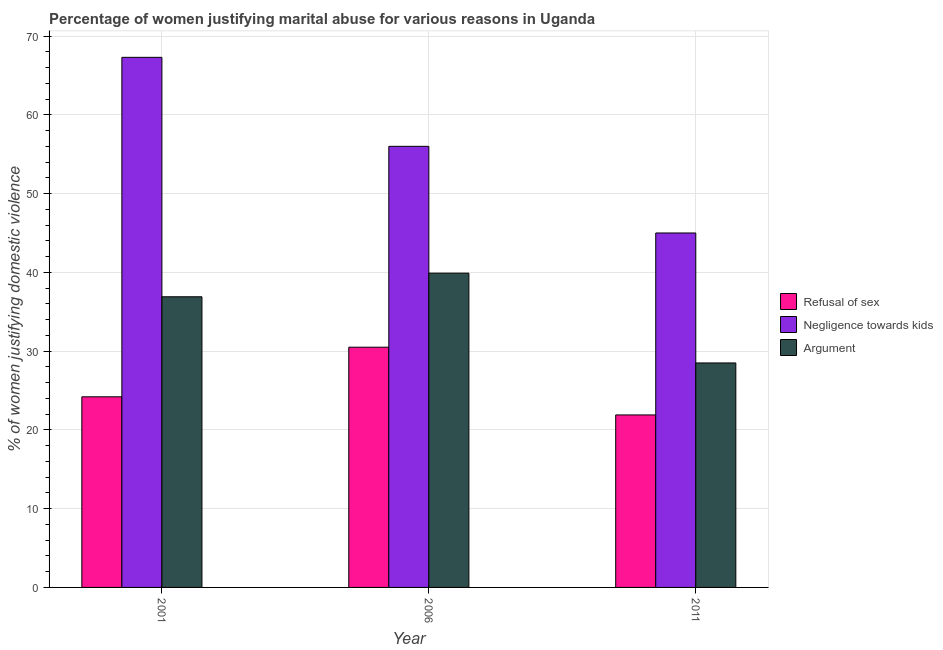
| Year | Refusal of sex | Negligence towards kids | Argument |
 | --- | --- | --- | --- |
 | 2001 | 24.2 | 67.3 | 36.9 |
 | 2006 | 30.5 | 56 | 39.9 |
 | 2011 | 21.9 | 45 | 28.5 |